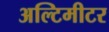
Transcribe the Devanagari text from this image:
अल्टिमीटर